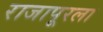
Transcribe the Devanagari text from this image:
राजापूरला